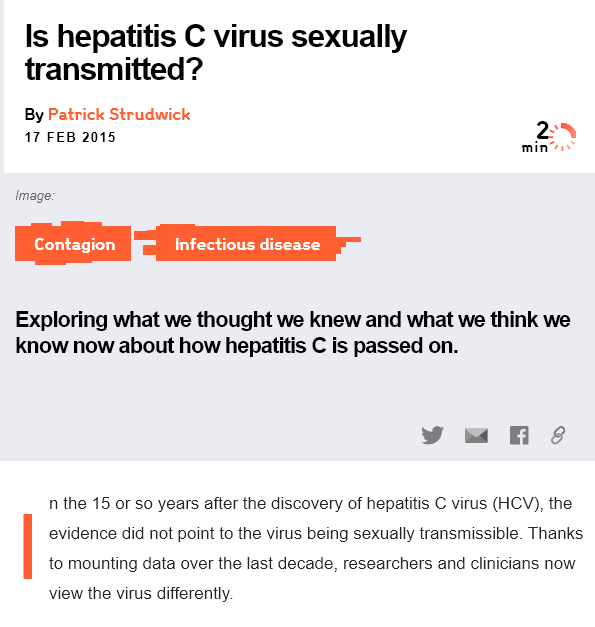
Is hepatitis    C  virus    sexually
   transmitted?
  Exploring   what  we thought   we  knew  and  what we   think we
  know   now about   how hepatitis   C is passed  on.
     n the 15 or so years after the discovery of hepatitis C virus (HCV), the
     evidence did not point to the virus being sexually transmissible. Thanks
     to mounting data over the last decade, researchers and clinicians now
     view the virus differently.
   By Patrick Strudwick
    17 FEB 2015
  Image:
     Peet  ory    Llc]